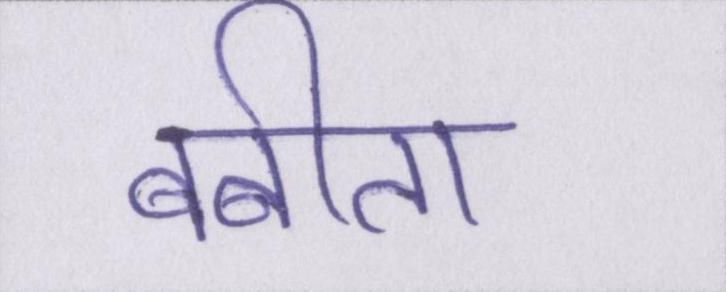
बबीता